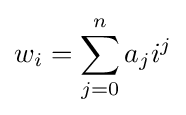
w_{i}=\sum _{j=0}^{n}a_{j}i^{j}